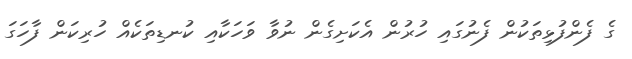
ގެ ފެންފުޅިތަކުން ފެނުގައި ހުރުން އެކަށިގެން ނުވާ ވަހަކާއި ކުނޑިތަކެއް ހުރިކަން ފާހަގަ